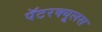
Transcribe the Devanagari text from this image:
पॅटरक्यूलस